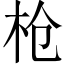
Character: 枪